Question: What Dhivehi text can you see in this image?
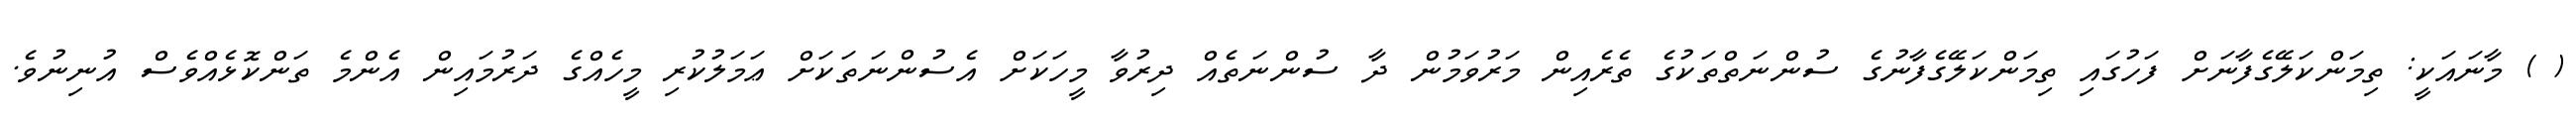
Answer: ( ) މާނައަކީ: ތިމަންކަލޭގެފާނަށް ފަހުގައި ތިމަންކަލޭގެފާނުގެ ސުންނަތްތަކުގެ ތެރެއިން މަރުވަމުން ދާ ސުންނަތެއް ދިރުވާ މީހަކަށް އެސުންނަތަކަށް ޢަމަލުކުރި މީހެއްގެ ދަރުމައިން އެންމެ ތަންކޮޅެއްވެސް އުނިނުވެ.